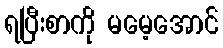
ရပြီးစာကို မမေ့အောင်